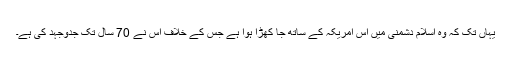
یہاں تک کہ وہ اسلام دشمنی میں اُس امریکہ کے ساتھ جا کھڑا ہوا ہے جس کے خلاف اس نے 70 سال تک جدوجہد کی ہے۔